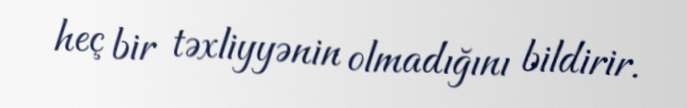
heç bir təxliyyənin olmadığını bildirir.